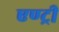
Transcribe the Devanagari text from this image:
एण्ट्री